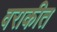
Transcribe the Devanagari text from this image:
वराकीत